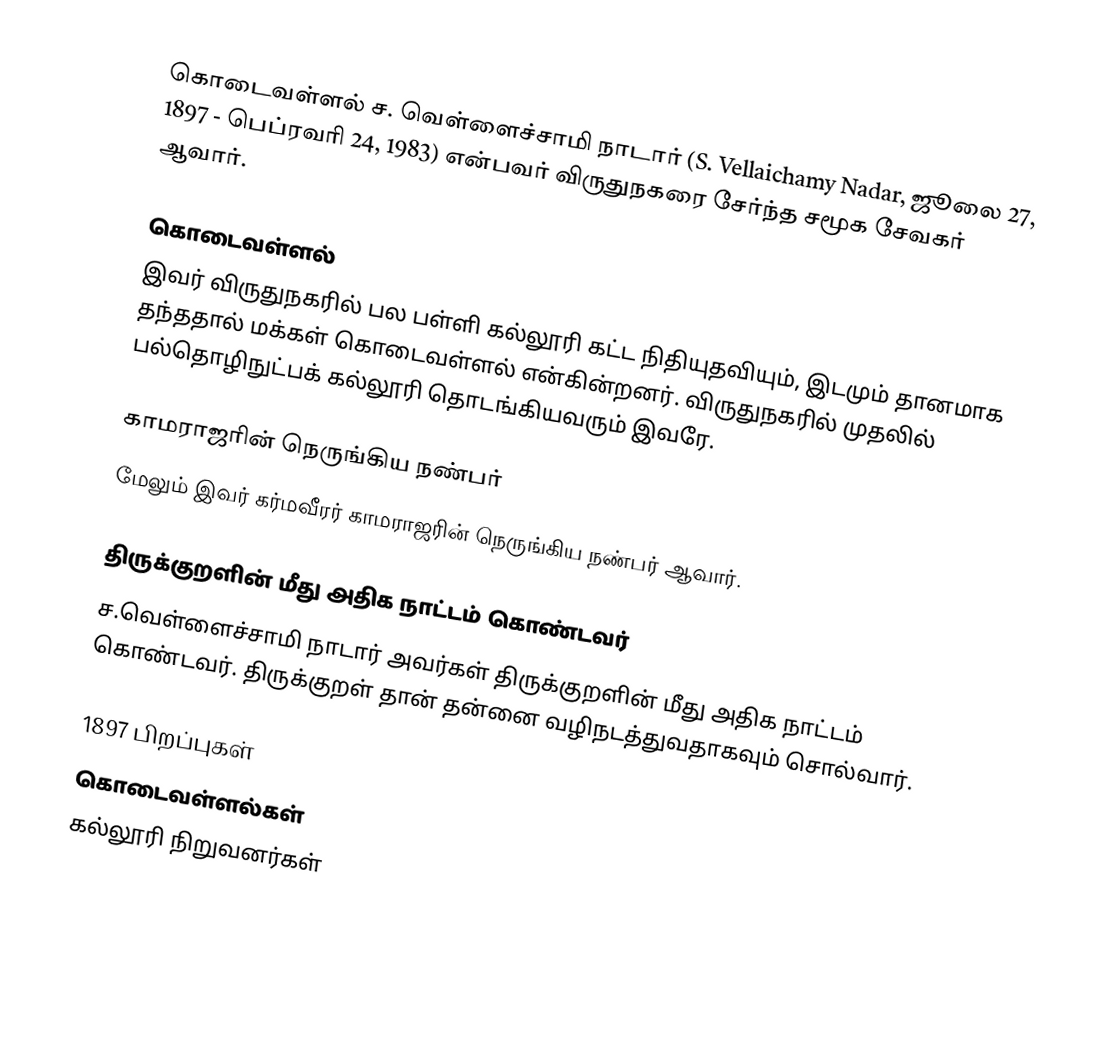
கொடைவள்ளல் ச. வெள்ளைச்சாமி நாடார் (S. Vellaichamy Nadar, ஜூலை 27, 1897 - பெப்ரவரி 24, 1983) என்பவர் விருதுநகரை சேர்ந்த சமூக சேவகர் ஆவார்.

கொடைவள்ளல்
இவர் விருதுநகரில் பல பள்ளி கல்லூரி கட்ட நிதியுதவியும், இடமும் தானமாக தந்ததால் மக்கள் கொடைவள்ளல் என்கின்றனர். விருதுநகரில் முதலில் பல்தொழிநுட்பக் கல்லூரி தொடங்கியவரும் இவரே.

காமராஜரின் நெருங்கிய நண்பர்
மேலும் இவர் கர்மவீரர் காமராஜரின் நெருங்கிய நண்பர் ஆவார்.

திருக்குறளின் மீது அதிக நாட்டம் கொண்டவர்
ச.வெள்ளைச்சாமி நாடார் அவர்கள் திருக்குறளின் மீது அதிக நாட்டம் கொண்டவர். திருக்குறள் தான் தன்னை வழிநடத்துவதாகவும் சொல்வார்.

1897 பிறப்புகள்
கொடைவள்ளல்கள்
கல்லூரி நிறுவனர்கள்